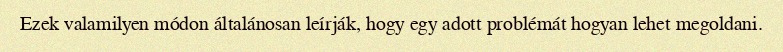
Ezek valamilyen módon általánosan leírják, hogy egy adott problémát hogyan lehet megoldani.